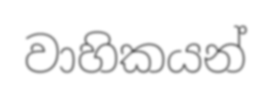
වාහිකයන්